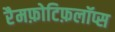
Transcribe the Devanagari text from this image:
रैमफ़ोटिफ़लॉप्स